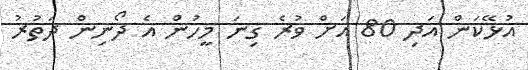
އުޅޭކަން އަދި 80 އަށް ވުރެ ގިނަ މީހުން އެ ދޯނިން ދަތުރު